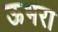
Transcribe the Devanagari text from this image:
ऊभरा